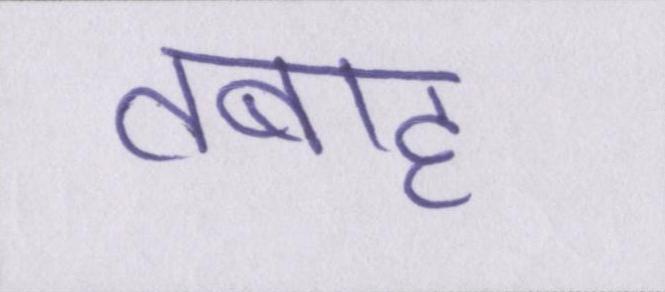
तबाह